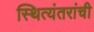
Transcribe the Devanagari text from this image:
स्थित्यंतरांची